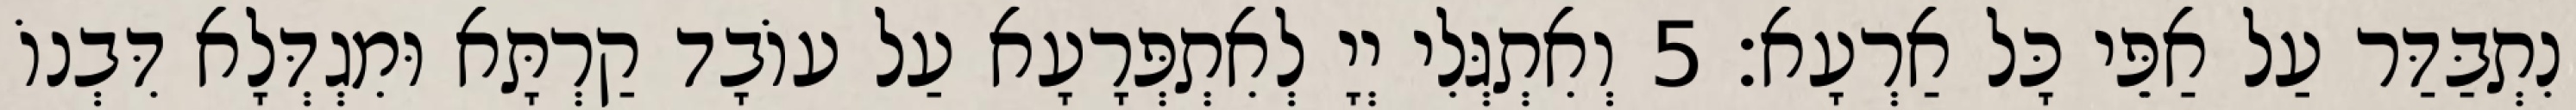
נִתְבַּדַּר עַל אַפֵּי כָּל אַרְעָא׃ 5 וְאִתְגְּלִי יְיָ לְאִתְפְּרָעָא עַל עוֹבָד קַרְתָּא וּמִגְדְּלָא דִּבְנוֹ